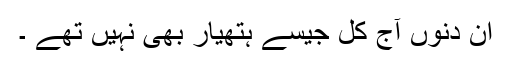
ان دنوں آج کل جیسے ہتھیار بھی نہیں تھے ۔